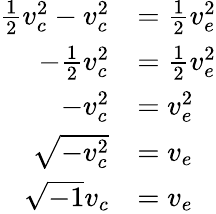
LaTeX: \begin{array}{rl}{\frac{1}{2}v_{c}^{2}-v_{c}^{2}}&{=\frac{1}{2}v_{e}^{2}}\\ {-\frac{1}{2}v_{c}^{2}}&{=\frac{1}{2}v_{e}^{2}}\\ {-v_{c}^{2}}&{=v_{e}^{2}}\\ {\sqrt{-v_{c}^{2}}}&{=v_{e}}\\ {\sqrt{-1}v_{c}}&{=v_{e}}\end{array}